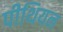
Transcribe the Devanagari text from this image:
पीथियन